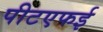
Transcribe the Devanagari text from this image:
पीटएफई